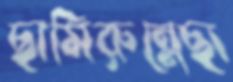
ছামিরুন্নেছা